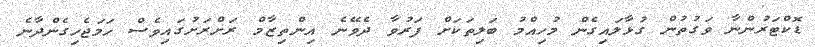
ޑޮކްޓަރުންނާ ވަގުތުން ގުޅާލައިގެން މުހިއްމު ބަލިތަކަށް ފަރުވާ ދެވޭނެ އިންތިޒާމް ރަށްރަށުގައިވެސް ހަމަޖެހިގެންދާނެ